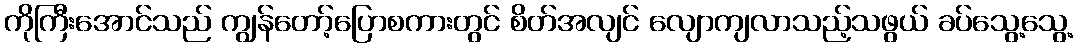
ကိုကြီးအောင်သည် ကျွန်တော့်ပြောစကားတွင် စိတ်အလျင် လျောကျလာသည့်သဖွယ် ခပ်သွေ့သွေ့